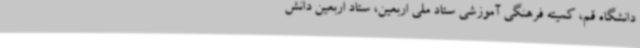
دانشگاه قم، کمیته فرهنگی آموزشی ستاد ملی اربعین، ستاد اربعین دانش